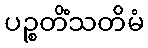
ပဉ္စတိံသတိမံ